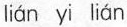
lián yi lián